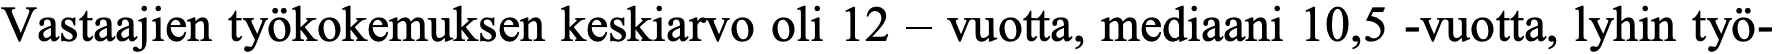
Vastaajien työkokemuksen keskiarvo oli 12 – vuotta, mediaani 10,5 -vuotta, lyhin työ-